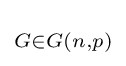
\scriptstyle G\in G(n,p)